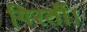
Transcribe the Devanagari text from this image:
गिरतीं।